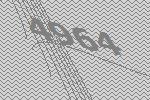
4964